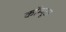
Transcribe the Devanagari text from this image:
कॉम्यूटर